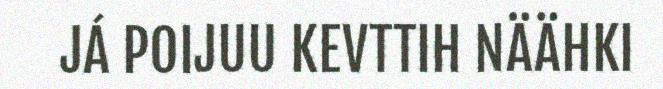
JÁ POIJUU KEVTTIH NÄÄHKI